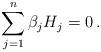
LaTeX: \begin{align*} \sum_{j=1}^n\beta_jH_j=0\,.\end{align*}